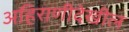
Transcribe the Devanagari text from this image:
अहिराणीदेखील